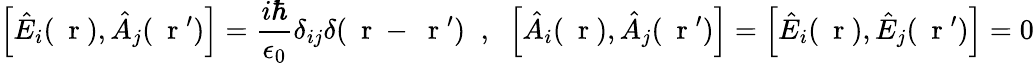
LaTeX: \left[\hat{E}_{i}(\mathrm{~\mathbf~r~}),\hat{A}_{j}(\mathrm{~\mathbf~r~}^{\prime})\right]=\frac{i\hbar}{\epsilon_{0}}\delta_{ij}\delta(\mathrm{~\mathbf~r~}-\mathrm{~\mathbf~r~}^{\prime})\; \; ,\; \; \left[\hat{A}_{i}(\mathrm{~\mathbf~r~}),\hat{A}_{j}(\mathrm{~\mathbf~r~}^{\prime})\right]=\left[\hat{E}_{i}(\mathrm{~\mathbf~r~}),\hat{E}_{j}(\mathrm{~\mathbf~r~}^{\prime})\right]=0